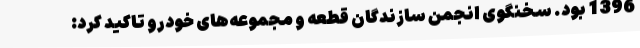
1396 بود. سخنگوی انجمن سازندگان قطعه و مجموعه‌های خودرو تاکید کرد: